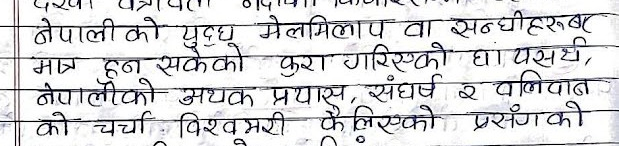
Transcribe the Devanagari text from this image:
नेपालीको युद्ध मेलमिलाप वा सन्धीहरूबर
मात्र हुन सकेको कुरा गरिएको घा यसर्थ,
नेपालीको अथक प्रयास, संघर्ष र वलिदान
को चर्चा विश्वभरी फैलिएको प्रसंगको